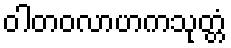
ဝါတဝလာဟကသုတ္တံ